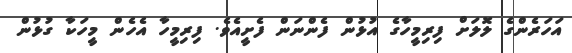
އަހަރެންގެ ލޮލަށް ފިރިމީހާގެ އުޅުން ފެންނަން ފެށީއެވެ. ފިރިމީހާ އެހެން މީހަކާ ގުޅުން